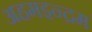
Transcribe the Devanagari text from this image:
अहमइन्द्रम